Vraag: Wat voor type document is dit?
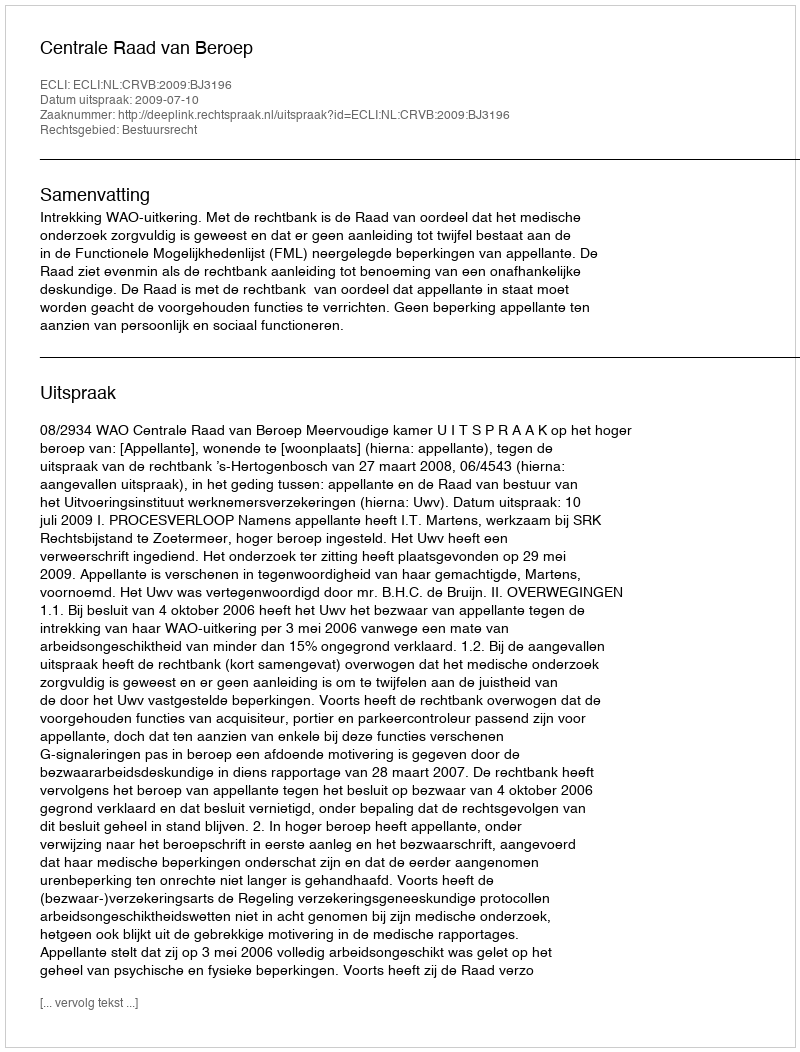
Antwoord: Uitspraak